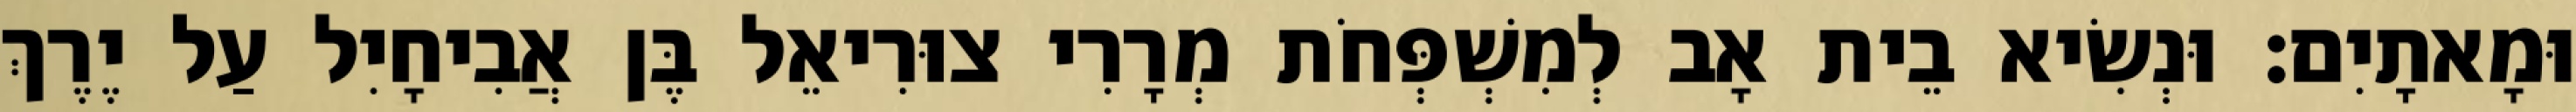
וּמָאתָיִם׃ וּנְשִׂיא בֵית אָב לְמִשְׁפְּחֹת מְרָרִי צוּרִיאֵל בֶּן אֲבִיחָיִל עַל יֶרֶךְ